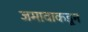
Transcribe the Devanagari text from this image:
जमावाकडून